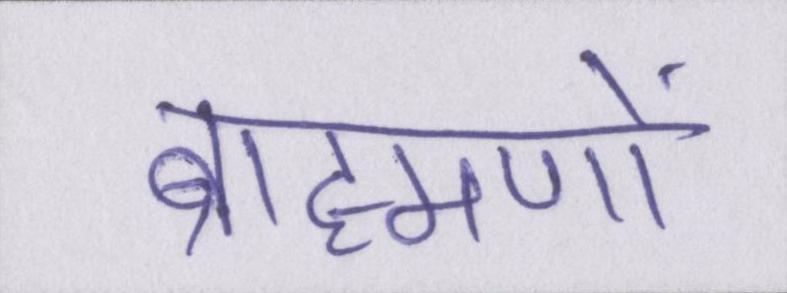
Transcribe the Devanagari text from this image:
ब्राह्मणों